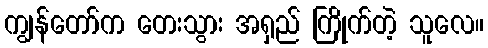
ကျွန်တော်က တေးသွား အရှည် ကြိုက်တဲ့ သူလေ။